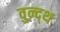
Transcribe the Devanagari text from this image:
वुन्द्थ